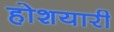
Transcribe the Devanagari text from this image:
होशयारी